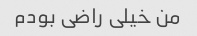
من خیلی راضی بودم